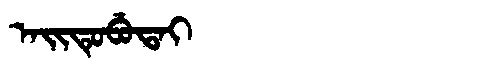
Manchu: ᠠᡳᡨᡠᠪᡠᡨᠠᡳ
Romanization: AITUBUTAI